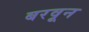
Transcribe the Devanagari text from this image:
बरवून